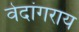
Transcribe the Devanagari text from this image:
वेदांगराय